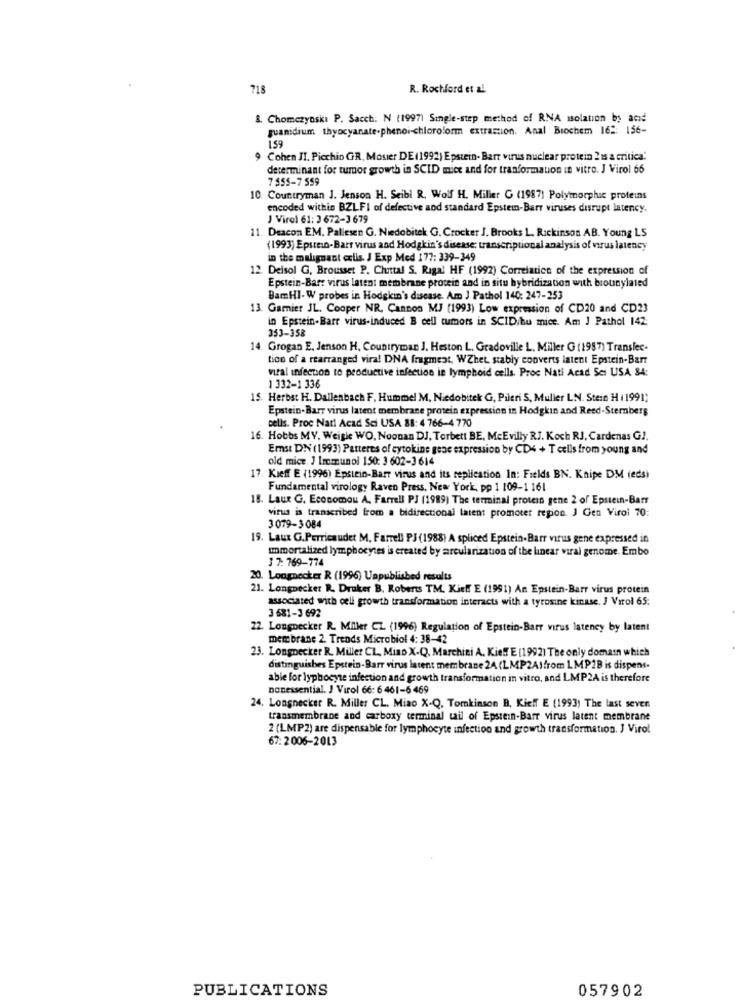
718
R. Rochford et al
8. Chomczynski P. Sacch: N (1997) Single-step method of RNA isolation by acid
guanidium thyocyanate-phenoi-chloroform extraction. Anal Biochem 162: 156-
1.59
Cohen JI. Picchio GR. Mosier DE (1992) Epstein- Barr virus nuclear protein 2 15 a critica:
determinant for tumor growth in SCID miet and for tranformation in vitro. J Virol 66
7 555-7 559
10. Countryman J. Jenson H. Seibl R. Wolf H. Miller G (1987) Polymorphic proteins
encoded within BZLFI of defective and standard Epstein-Barr viruses disrupt latency.
J Virol 61: 3 672-3 679
11. Deacon EM. Pallesen G. Niedobitek G. Crocker J. Brooks L. Rickinson AB. Young LS
(1993) Epstein-Barr virus and Hodgkin's disease: transcriptional analysis of virus latency
in the malignant colis. / Exp Med 177: 339-349
12. Deisol G, Brousset P. Chuittal S. Rigal HF (1992) Correiatico of the expression of
Epstein-Barr virus latent membrane protein and in situ hybridization with brounylated
BamHI-W probes in Hodgkin's disease. Am J Pathol 140: 247-253
13. Garnier JL. Cooper NR. Cannon MJ (1993) Low expression of CD20 and CD23
in Epstein-Barr virus-induced B cell tumors in SCID/hu mice. Am J Pathol 142:
353-358
14. Grogan E. Jenson H. Countryman J. Heston L. Gradoville L, Miller G (1987) Translec.
tico of a rearranged vira! DNA fragment, WZhet stably converts latent Epstein-Barr
viral infection to productive infection in lymphoid cells. Proc Nati Acad Sci USA 84:
1 332-1 336
15. Herbst H. Dallenbach F. Hummel M, Niedobitek G, Pileri S, Mulier LN. Stein H (1991)
Epstein- Barr virus latent membrane protein expression in Hodgkin and Reed-Sternberg
cells. Proc Natl Acad Sci USA 88: 4 766-4 770
16. Hobbs MV. Weigle WO, Noonan DJ, Torbett BE, McEvilly RJ. Koch RJ, Cardenas G).
Emst DN (1993) Parteres of cytokine gene expression by CD4 + T cells from young and
old mice. J Immunol 150: 3 602-3 614
17. Kieff E (1996) Epstein-Barr virus and its replication. In: Fields BN. Knipe DM (eds)
Fundamental virology Raven Press, New York, pp 1 109-1 161
18. Laut G. Economou A. Farrell PJ (1989) The terminal protein gene 2 of Epstein-Barr
virus is transcribed from a bidirectional latent promoter region. J Gen Virol 70:
3079-3084
19. Laux G.Perricaudet M, Farrell PJ (1988) A spliced Epstein-Barr virus gene expressed in
Immortalized lymphocytes is created by arcularization of the linear viral genome. Embo
3 7:769-774
20. Longnecker R (1996) Unpublished results
21. Longnecker R. Draker B. Roberts TM. Kie !! E (1991) An Epstein-Barr virus protein
associated with cell growth transformation interacts with a tyrosine kinase. J Varol 65:
3 681-3 692
22. Longnecker R. Miller CZ (1996) Regulation of Epstein-Barr virus latency by latent
membrane 2. Trends Microbiol 4: 38-42
23. Longnecker R. Miller CL, Miao X-Q, Marchini A. Kie !! E (1992) The only domain which
distinguishes Epstein-Barr virus latent membrane 24(LMP2AIfrom LMP2B is dispens.
able for lyphocyte infection and growth transformation in vitro, and LMP2A is therefore
nonessential. J Virol 66: 6 461-6 469
24. Longnecker R. Miller CL. Miao X-Q, Tomkinson B, Kieff E (1993) The last seven
transmembrane and carboxy terminal tail of Epstein-Barr virus latent membrane
2 (LMP2) are dispensable for lymphocyte infection and growth transformation. J Virol
67: 2006-2013
PUBLICATIONS
057902